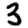
Digit: 3